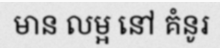
មាន លម្អ នៅ គំនូរ